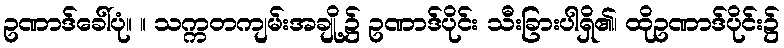
ဥဏာဒ်ခေါ်ပုံ။ ။ သက္ကတကျမ်းအချို့၌ ဥဏာဒ်ပိုင်း သီးခြားပါရှိ၏၊ ထိုဥဏာဒ်ပိုင်း၌